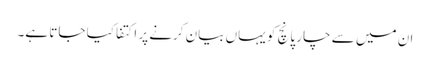
ان میں سے چار پانچ کو یہاں بیان کرنے پر اکتفا کیا جاتا ہے۔